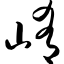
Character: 崤